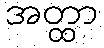
အတ္ထာ